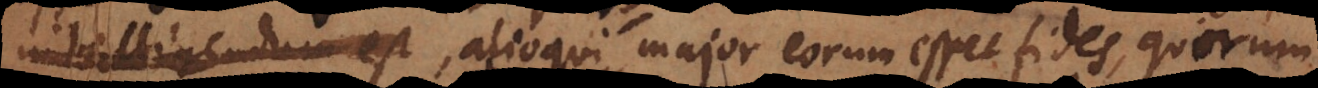
sumendi sunt, alioqui major eorum esset fides, quorum